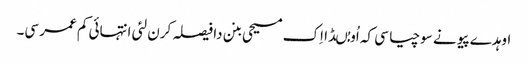
اوہدے پیو نے سوچیا سی کہ اُو مُںڈا اِک مسیحی بنن دا فیصلہ کرن لئی انتہائی کم عمر سی۔